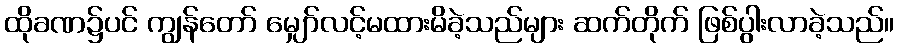
ထိုခဏ၌ပင် ကျွန်တော် မျှော်လင့်မထားမိခဲ့သည်များ ဆက်တိုက် ဖြစ်ပွါးလာခဲ့သည်။